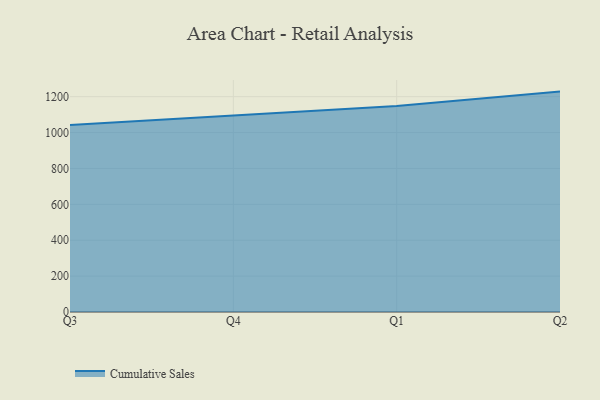
{"axis": {"x": "Quarter", "y": "Waste Production (Tons)"}, "legend": ["Cumulative Sales"], "data": [{"x": "Q3", "y": 1042.8, "type": "Cumulative Sales"}, {"x": "Q4", "y": 1096.4, "type": "Cumulative Sales"}, {"x": "Q1", "y": 1147.8, "type": "Cumulative Sales"}, {"x": "Q2", "y": 1228.3, "type": "Cumulative Sales"}]}